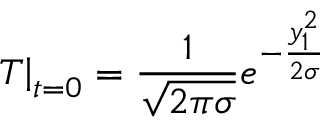
\left. T \right| _ { t = 0 } = \frac { 1 } { \sqrt { 2 \pi \sigma } } e ^ { - \frac { y _ { 1 } ^ { 2 } } { 2 \sigma } }